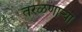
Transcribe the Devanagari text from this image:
तरळणाऱ्या